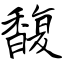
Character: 馥